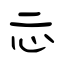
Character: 忈